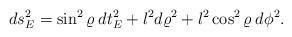
LaTeX: \begin{align*}ds^2_E = \sin^2\varrho \: dt_E^2 + l^2 d\varrho^2 + l^2 \cos^2 \varrho \: d\phi^2.\end{align*}